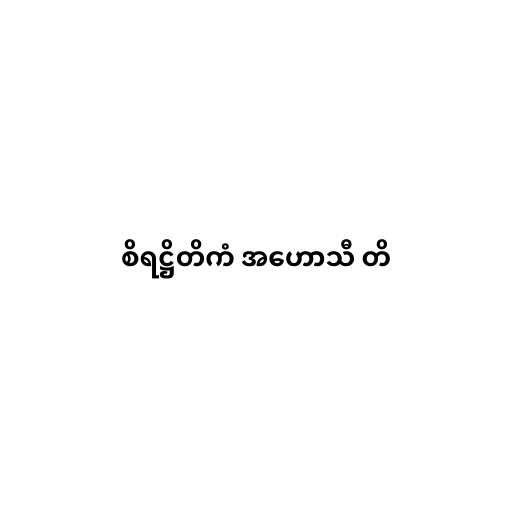
စိရဋ္ဌိတိကံ အဟောသီ တိ